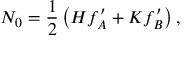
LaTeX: N _ { 0 } = \frac 1 2 \left( H f _ { A } ^ { \prime } + K f _ { B } ^ { \prime } \right) ,